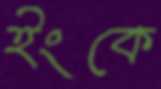
ইংকে